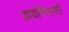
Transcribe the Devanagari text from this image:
डायनिंगसाठी